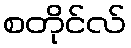
စတိုင်လ်